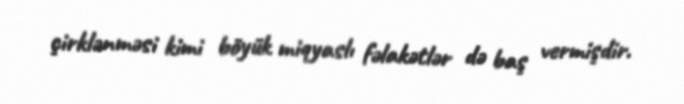
çirklənməsi kimi böyük miqyaslı fəlakətlər də baş vermişdir.